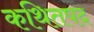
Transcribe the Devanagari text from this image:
कथितपद